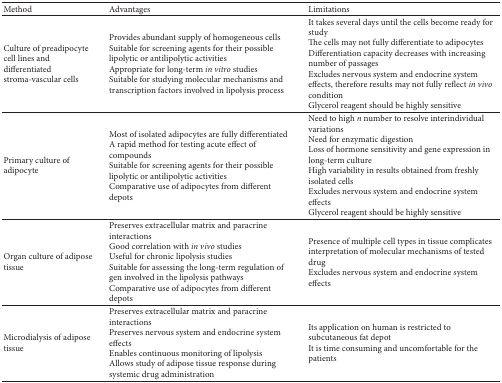
<table><thead><tr><td><b>Method</b></td><td><b>Advantages</b></td><td><b>Limitations</b></td></tr></thead><tbody><tr><td>Culture of preadipocyte cell lines and differentiated stroma-vascular cells</td><td>Provides abundant supply of homogeneous cellsSuitable for screening agents for their possible lipolytic or antilipolytic activitiesAppropriate for long-term <i>in vitro </i>studies Suitable for studying molecular mechanisms and transcription factors involved in lipolysis process</td><td>It takes several days until the cells become ready for studyThe cells may not fully differentiate to adipocytesDifferentiation capacity decreases with increasing number of passagesExcludes nervous system and endocrine system effects, therefore results may not fully reflect <i>in vivo</i> conditionGlycerol reagent should be highly sensitive</td></tr><tr><td>Primary culture of adipocyte</td><td>Most of isolated adipocytes are fully differentiated A rapid method for testing acute effect of compoundsSuitable for screening agents for their possible lipolytic or antilipolytic activities Comparative use of adipocytes from different depots</td><td>Need to high <i>n</i> number to resolve interindividual variationsNeed for enzymatic digestionLoss of hormone sensitivity and gene expression in long-term cultureHigh variability in results obtained from freshly isolated cellsExcludes nervous system and endocrine system effectsGlycerol reagent should be highly sensitive</td></tr><tr><td>Organ culture of adipose tissue</td><td>Preserves extracellular matrix and paracrine interactions Good correlation with <i>in vivo</i> studiesUseful for chronic lipolysis studiesSuitable for assessing the long-term regulation of gen involved in the lipolysis pathwaysComparative use of adipocytes from different depots</td><td>Presence of multiple cell types in tissue complicates interpretation of molecular mechanisms of tested drug Excludes nervous system and endocrine system effects</td></tr><tr><td>Microdialysis of adipose tissue</td><td>Preserves extracellular matrix and paracrine interactions Preserves nervous system and endocrine system effects Enables continuous monitoring of lipolysisAllows study of adipose tissue response during systemic drug administration</td><td>Its application on human is restricted to subcutaneous fat depotIt is time consuming and uncomfortable for the patients</td></tr></tbody></table>